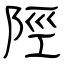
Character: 陘